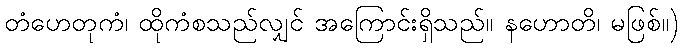
တံဟေတုကံ၊ ထိုကံစသည်လျှင် အကြောင်းရှိသည်။ နဟောတိ၊ မဖြစ်။)